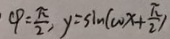
\varphi = \frac { \pi } { 2 } , y = \sin ( \omega x + \frac { \pi } { 2 } )